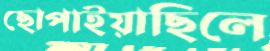
ছোপাইয়াছিলে